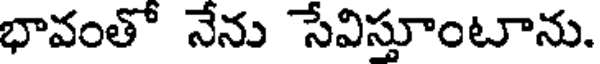
భావంతో నేను సేవిస్తూంటాను.